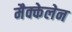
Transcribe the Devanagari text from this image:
मैक्केलेन